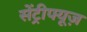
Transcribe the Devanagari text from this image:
सेंट्रीफ्यूज़